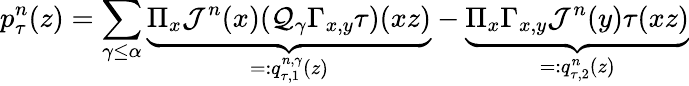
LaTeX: p_{\tau}^{n}(z)=\sum_{\gamma\leq\alpha}\underbrace{\Pi_{x}\mathcal{J}^{n}(x)(\mathcal{Q}_{\gamma}\Gamma_{x,y}\tau)(xz)}_{=:q_{\tau,1}^{n,\gamma}(z)}-\underbrace{\Pi_{x}\Gamma_{x,y}\mathcal{J}^{n}(y)\tau(xz)}_{=:q_{\tau,2}^{n}(z)}